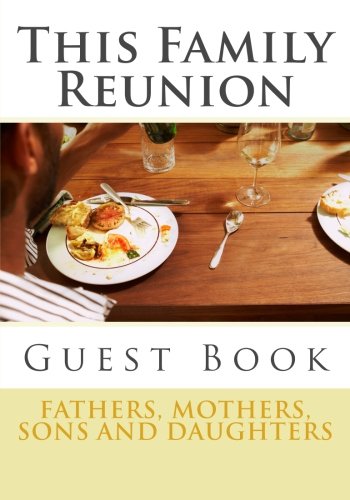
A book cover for This Family Reunion: Registration; Stacey Newson; Parenting & Relationships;